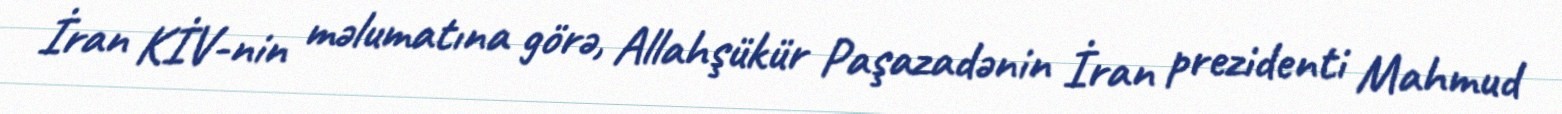
İran KİV-nin məlumatına görə, Allahşükür Paşazadənin İran prezidenti Mahmud